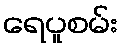
ရေပူစမ်း